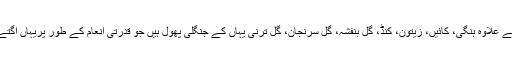
اس کے علاوہ ہنگی، کائیں، زیتون، کنڈ، گل بنفشہ، گل سرنجان، گل ترنی یہاں کے جنگلی پھول ہیں جو قدرتی انعام کے طور پریہاں اگتے ہیں۔